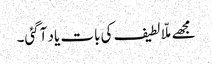
مجھے ملّا لطیف کی بات یاد آگئی۔